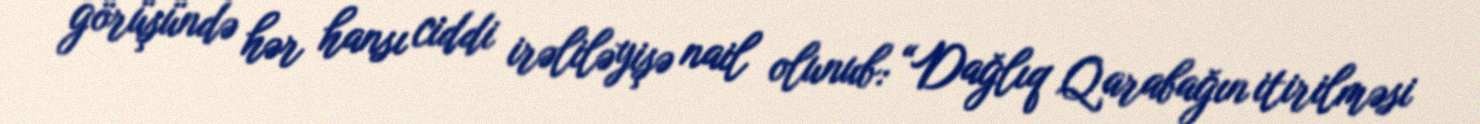
görüşündə hər hansı ciddi irəliləyişə nail olunub: “Dağlıq Qarabağın itirilməsi